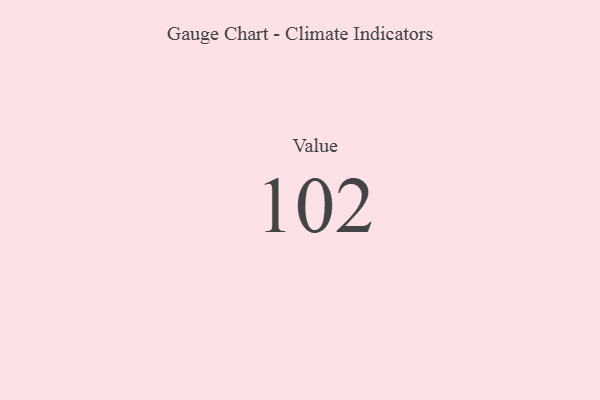
{"axis": {"x": "Metric", "y": "Value"}, "legend": [""], "data": [{"x": "Value", "y": 102, "type": ""}]}